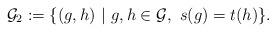
LaTeX: \begin{align*}\mathcal{G}_2:=\{(g,h)~|~g,h\in \mathcal{G},~s(g)=t(h)\}.\end{align*}